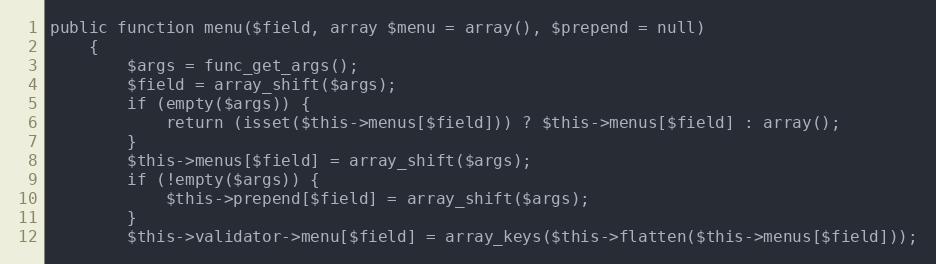
Language: PHP
public function menu($field, array $menu = array(), $prepend = null)
    {
        $args = func_get_args();
        $field = array_shift($args);
        if (empty($args)) {
            return (isset($this->menus[$field])) ? $this->menus[$field] : array();
        }
        $this->menus[$field] = array_shift($args);
        if (!empty($args)) {
            $this->prepend[$field] = array_shift($args);
        }
        $this->validator->menu[$field] = array_keys($this->flatten($this->menus[$field]));